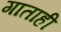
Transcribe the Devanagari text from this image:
गाताही